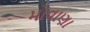
મોવાણા